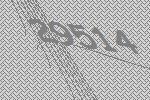
29514